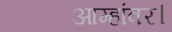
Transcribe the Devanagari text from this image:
आम्हांवर।